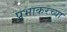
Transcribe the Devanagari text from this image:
प्रभाकरच्या